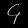
Digit: ၄